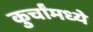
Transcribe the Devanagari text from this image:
कुर्चांमध्ये